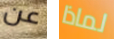
عن لماذا